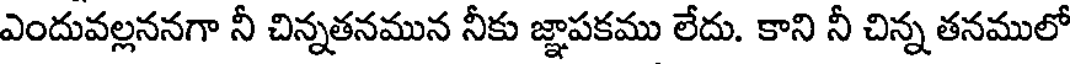
ఎందువల్లననగా నీ చిన్నతనమున నీకు జ్ఞాపకము లేదు. కాని నీ చిన్న తనములో